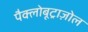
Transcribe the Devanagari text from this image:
पैक्लोबूट्राज़ोल